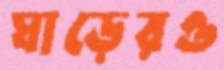
ঘাড়েরও